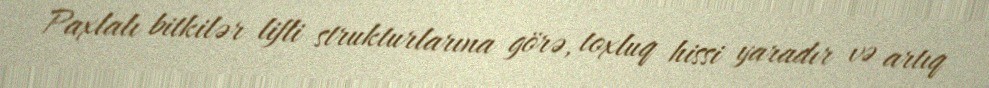
Paxlalı bitkilər lifli strukturlarına görə, toxluq hissi yaradır və artıq